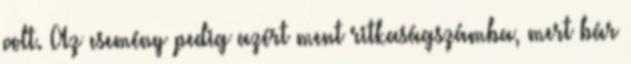
volt. Az esemény pedig azért ment ritkaságszámba, mert bár